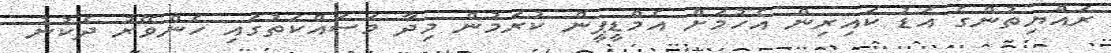
ރައްޔިތުންގެ އަޑު ކައިރިން އެހުމަށް އެމްޑީޕީން ކުރަމުން މިދާ މަސައްކަތުގައި ހެންވޭރު ދެކުނު